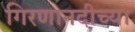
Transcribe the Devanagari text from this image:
गिरणानदीच्या